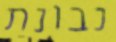
נבונת